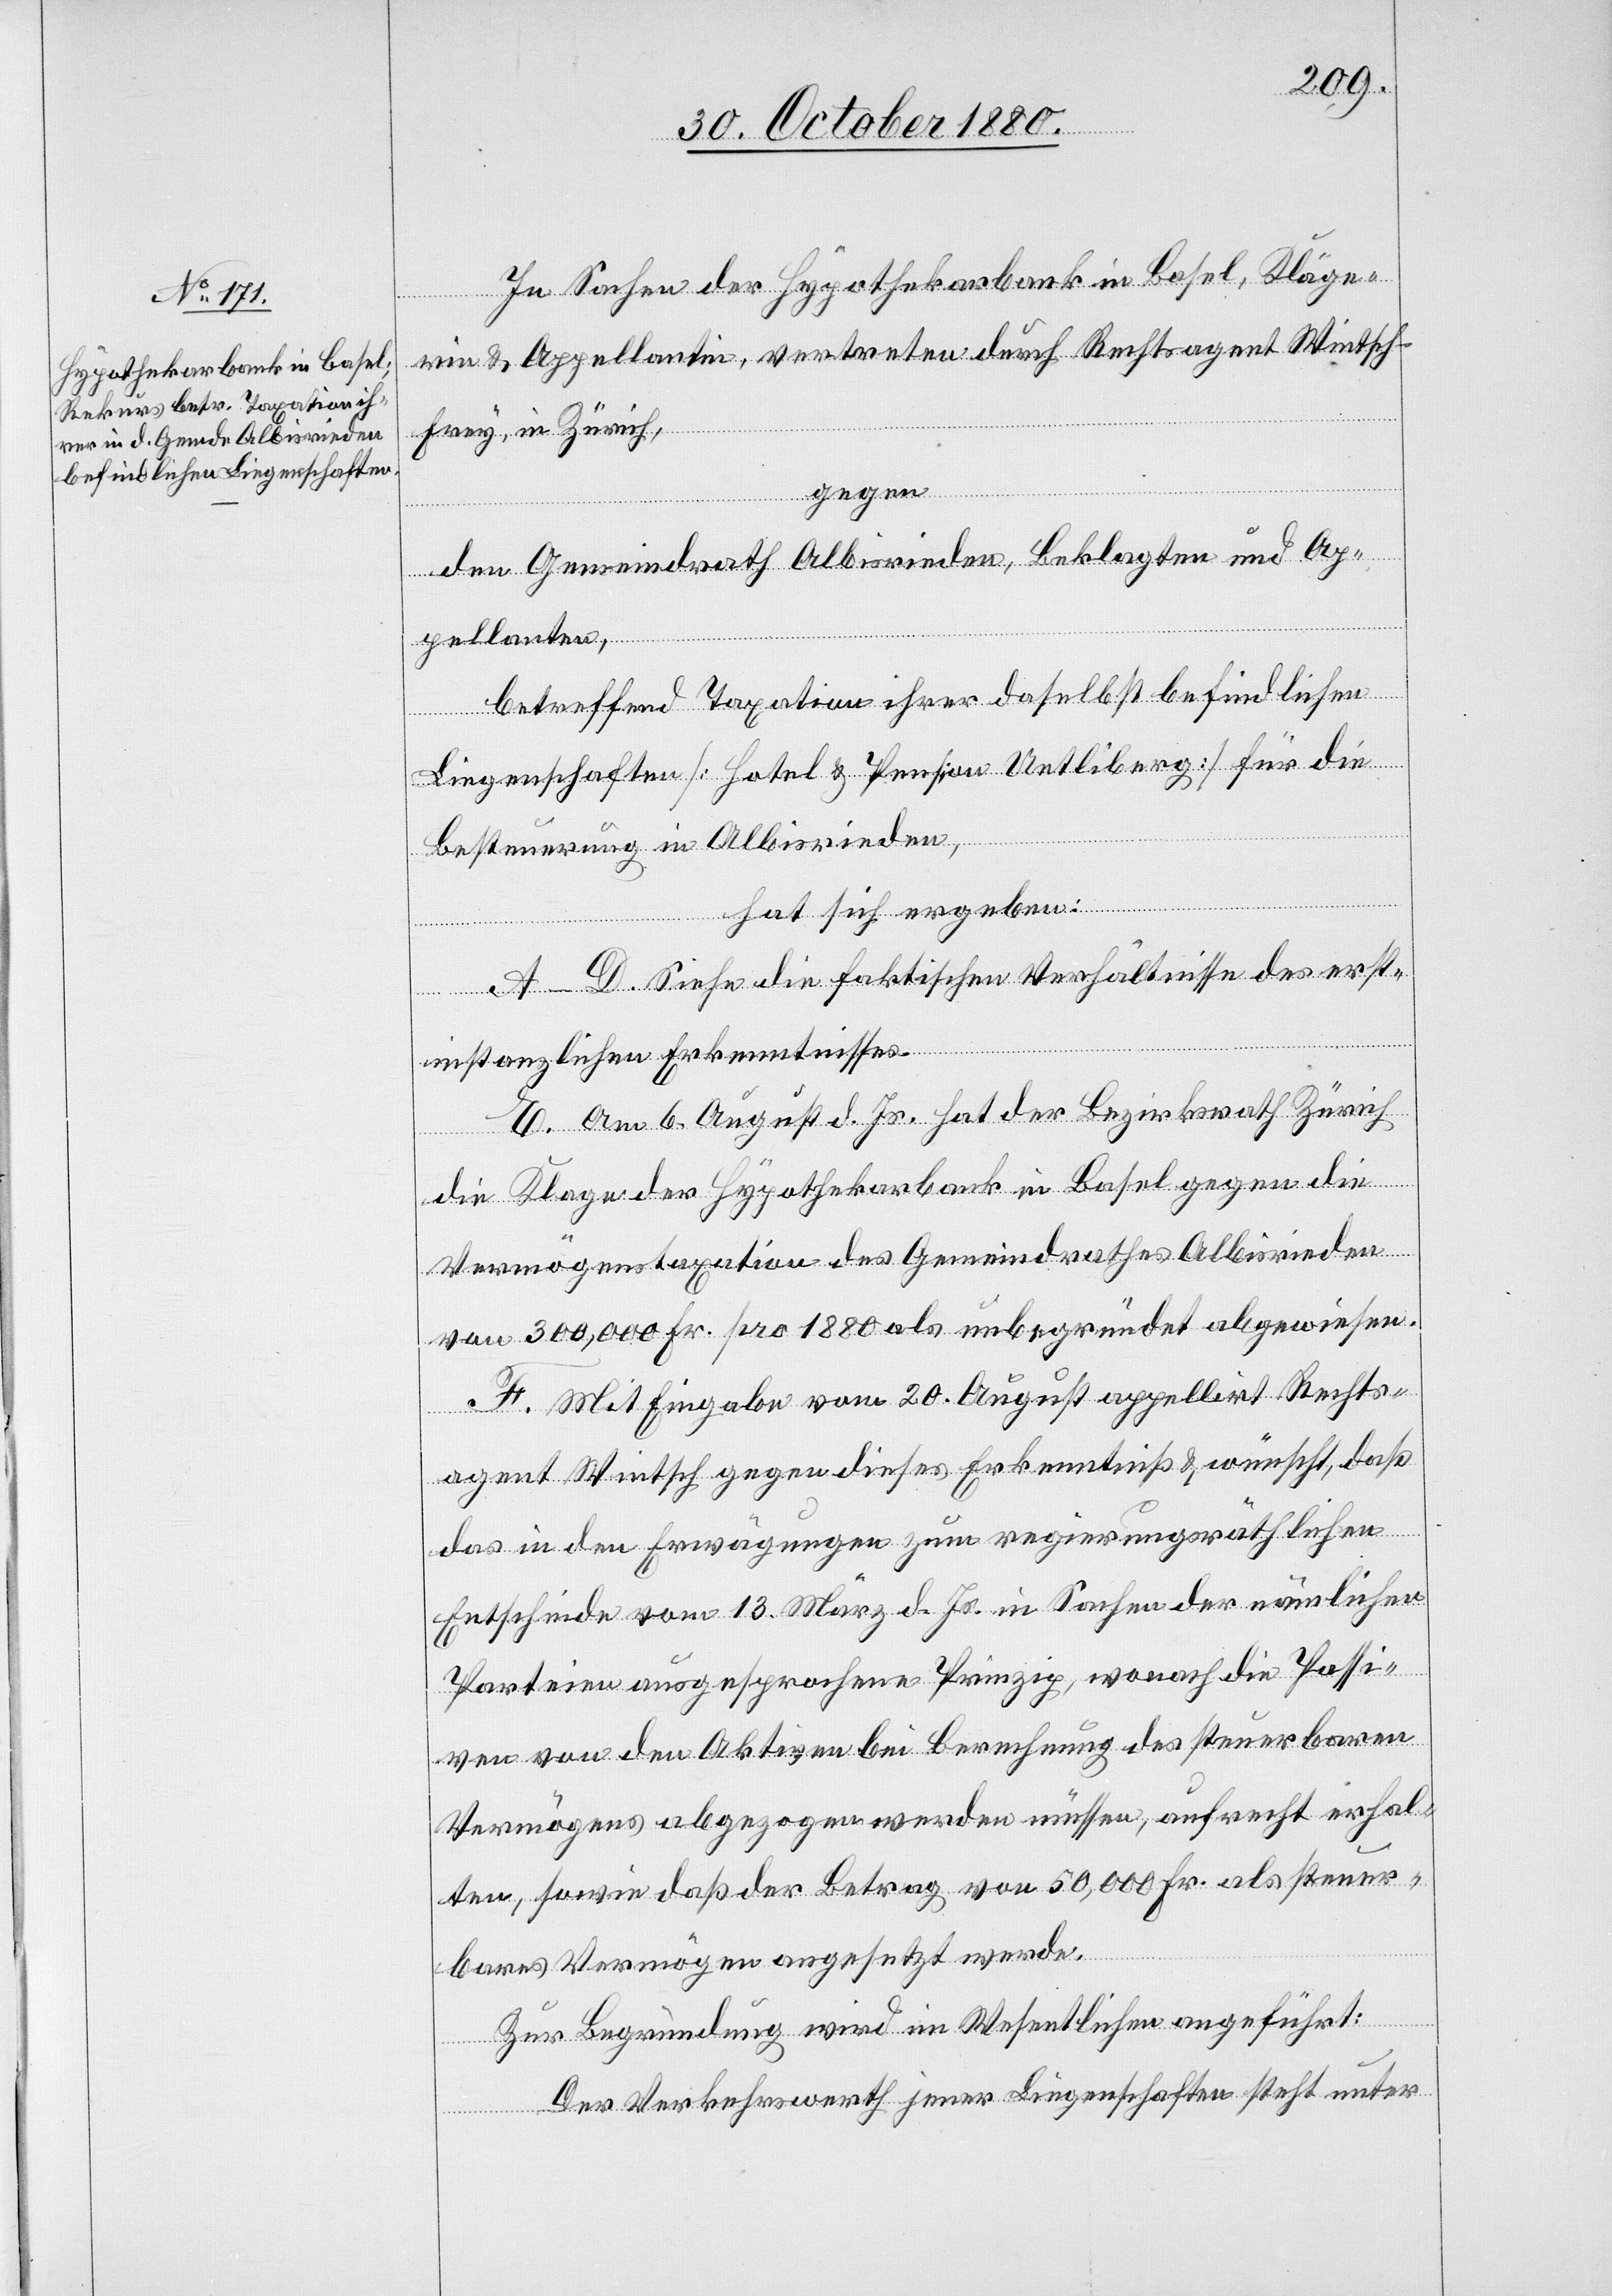
In Sachen der Hypothekarbank in Basel, Kläge¬
rin & Appellantin, vertreten durch Rechtsagent Wintsch-F¬
rey, in Zürich,
gegen
den Gemeindrath Albisrieden, Beklagten und Ap¬
pellanten,
betreffend Taxation ihrer daselbst befindlichen
Liegenschaften [Hotel & Pension Uetliberg] für die
Besteuerung in Albisrieden,
hat sich ergeben:
A–D. Siehe die faktischen Verhältnisse des erst¬
instanzlichen Erkenntnisses.
E. Am 6. August d. Js. hat der Bezirksrath Zürich
die Klage der Hypothekarbank in Basel gegen die
Vermögenstaxation des Gemeindrathes Albisrieden
von 300,000 Fr. pro 1880 als unbegründet abgewiesen.
F. Mit Eingabe vom 20. August appellirt Rechts¬
agent Wintsch gegen dieses Erkenntniß & wünscht, daß
das in den Erwägungen zum regierungsräthlichen
Entscheide vom 13. März d. Js. in Sachen der nämlichen
Parteien ausgesprochene Prinzip, wonach die Passi¬
ven von den Aktiven bei Berechnung des steuerbaren
Vermögens abgezogen werden müsse, aufrecht erhal¬
ten, sowie daß der Betrag von 50,000 Fr. als steuer¬
bares Vermögen angesetzt werde.
Zur Begründung wird im Wesentlichen angeführt:
Der Verkehrswerth jener Liegenschaft steht unter